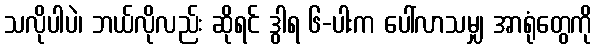
သလိုပါပဲ၊ ဘယ်လိုလည်း ဆိုရင် ဒွါရ ၆-ပါးက ပေါ်လာသမျှ အာရုံတွေကို